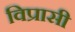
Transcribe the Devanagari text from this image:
विप्रासी